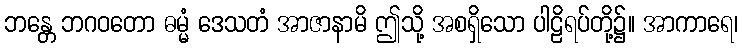
ဘန္တေ ဘဂဝတော ဓမ္မံ ဒေသတံ အာဇာနာမိ ဤသို့ အစရှိသော ပါဠိရပ်တို့၌။ အာကာရေ၊